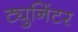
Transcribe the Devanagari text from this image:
ट्युनिंटर